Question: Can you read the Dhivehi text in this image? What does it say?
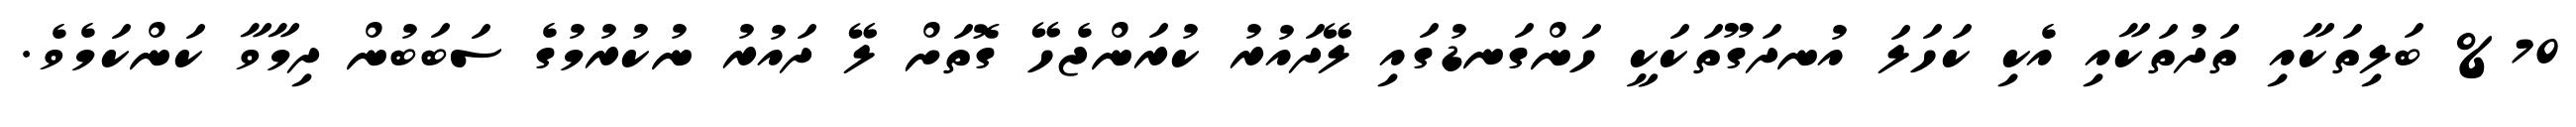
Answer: %70 ބަލިތަކާއި ތަދުތަކާއި އެކި ކަހަލަ އުނދަގޫތަކަކީ ހަންގަނޑުގައި ލޭދައުރު ކުރަންޖެހޭ ގޮތަށް ލޭ ދައުރު ނުކުރުމުގެ ސަބަބުން ދިމާވާ ކަންކަމެވެ.